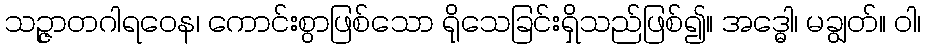
သဉ္ဇာတဂါရဝေန၊ ကောင်းစွာဖြစ်သော ရိုသေခြင်းရှိသည်ဖြစ်၍။ အဒ္ဓေါ၊ မချွတ်။ ဝါ၊